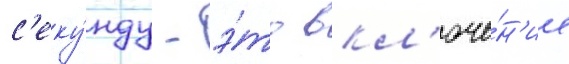
с'еку́нду - э́то вкл'юче́н'ие